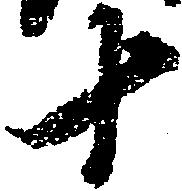
十